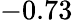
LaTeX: -0.73\